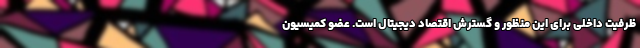
ظرفیت داخلی برای این منظور و گسترش اقتصاد دیجیتال است. عضو کمیسیون